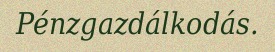
Pénzgazdálkodás.